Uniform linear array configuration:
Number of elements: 64
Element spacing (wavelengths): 0.75
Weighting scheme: cosine
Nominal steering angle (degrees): -60
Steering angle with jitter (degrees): -58.788
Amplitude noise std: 0.05
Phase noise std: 0.05

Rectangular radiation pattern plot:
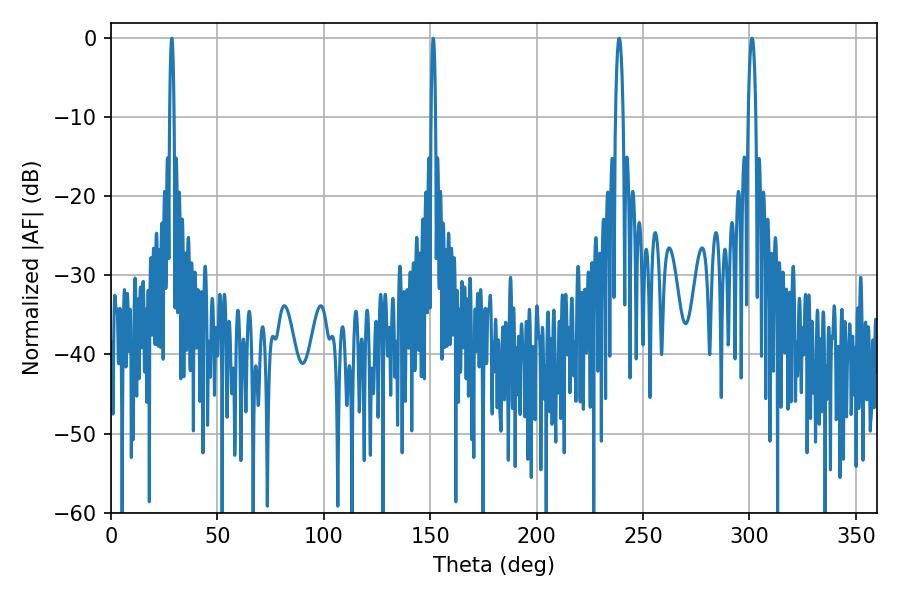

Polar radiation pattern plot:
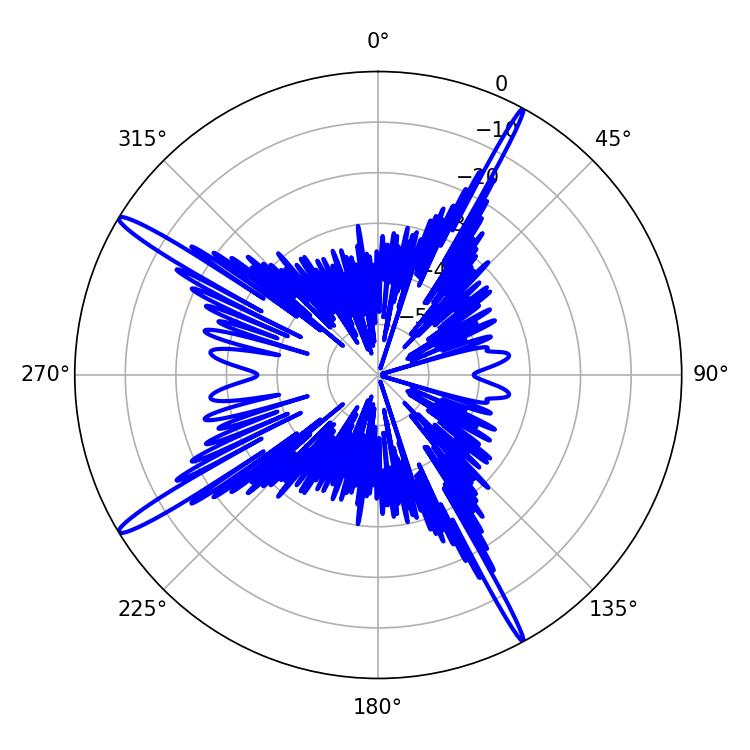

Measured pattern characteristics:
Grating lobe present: TRUE
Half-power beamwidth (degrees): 1.98
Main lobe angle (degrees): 238.86